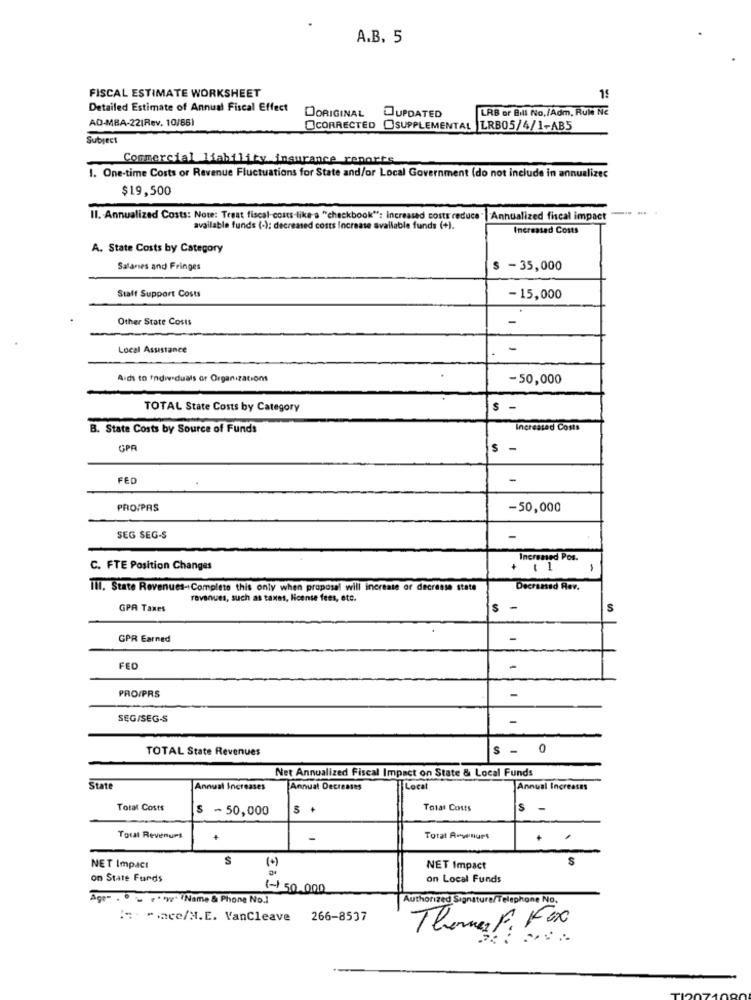
A.B. 5
FISCAL ESTIMATE WORKSHEET
19
Detailed Estimate of Annual Fiscal Effect
LAB or Bill No./Adm, Rul NE
AD-MBA-22(Rev. 10/651
DORIGINAL
OUPDATED
CORRECTED @SUPPLEMENTAL LRB05/4/1-AB5
Subject
Commercial liability insurance reports
1. One-time Costs or Revenue Fluctuations for State and/or Local Government (do not include in annualizec
$19,500
II. Annualized Costs: Note: Tesat fiscal-costs-like-a "checkbook": Increased costs reduce
Annualized fiscal impact
available funds (-): decreased costs Increase available funds (+).
Increased Costs
A. State Costs by Category
Salanes and Fringes
s -35,000
Staff Support Costs
-15,000
Other State Costs
-
Local Assistance
Aids to Individuals or Organizations
-50,000
TOTAL State Costs by Category
s -
B. State Costs by Source of Funds
Increased Costs
GPA
S -
FED
PRO/PAS
-50,000
SEG SEG-S
-
Incresed Pos.
C. FTE Position Changes
+ 11
1
III. State Revenues-Complete this only when proposal will increase or decrease state
Decreased Rev.
revenues, such as taxes, license fees, etc.
GPR Taxes
S -
S
GPR Earned
-
FED
-
-
PRO/PRS
SEG/SEG-S
-
TOTAL State Revenues
s - 0
Net Annualized Fiscal Impact on State & Local Funds
State
Annual Increases
Annual Decreases
Local
Annual Increases
Total Costs
$ -50,000
Total Costs
s -
Total Revenues
Total Revenues
+
S
(+)
S
NET Impact
NET Impact
on State Funds
on Local Funds
(-) 50.000
Age- . º - + * ** (Name & Phone No.]
Authorized Signature/Telephone No.
:: ace/H.E. VanCleave 266-8537
Thomas F. Fox